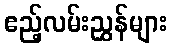
ဧည့်လမ်းညွှန်များ